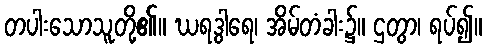
တပါးသောသူတို့၏။ ဃရဒွါရေ၊ အိမ်တံခါး၌။ ဌတွာ၊ ရပ်၍။